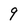
Character: 9